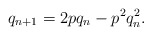
\begin{align*}q_{n+1} = 2p q_n - p^2 q_n^2.\end{align*}